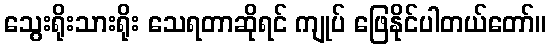
သွေးရိုးသားရိုး သေရတာဆိုရင် ကျုပ် ဖြေနိုင်ပါတယ်တော်။